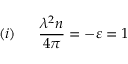
( i ) \: \: \: \: \: \: \: { \frac { \lambda ^ { 2 } n } { 4 \pi } } = - \varepsilon = 1